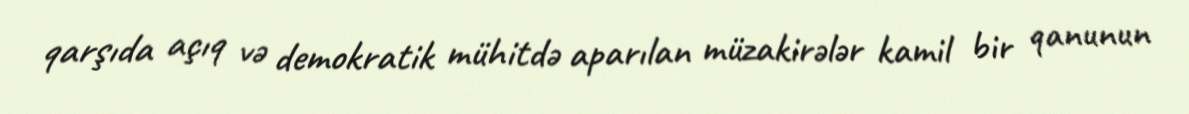
qarşıda açıq və demokratik mühitdə aparılan müzakirələr kamil bir qanunun